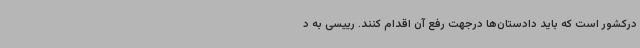
درکشور است که باید دادستان‌ها درجهت رفع آن اقدام کنند. رییسی به د